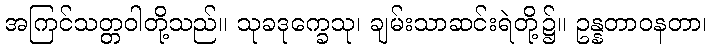
အကြင်သတ္တဝါတို့သည်။ သုခဒုက္ခေသု၊ ချမ်းသာဆင်းရဲတို့၌။ ဥန္နတာဝနတာ၊